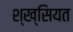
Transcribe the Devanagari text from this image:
श्ख्सियत